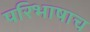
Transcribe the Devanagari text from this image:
परिभाषाच